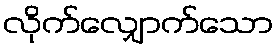
လိုက်လျှောက်သော